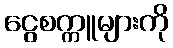
ငွေစက္ကူများကို